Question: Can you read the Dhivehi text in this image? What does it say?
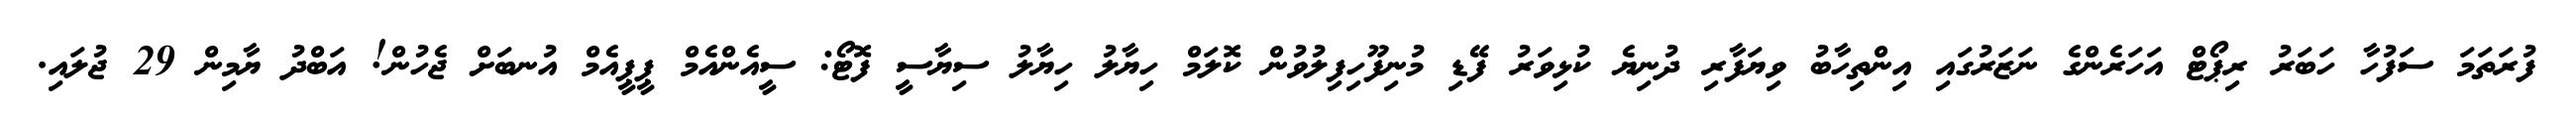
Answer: ފުރަތަމަ ސަފުހާ ހަބަރު ރިޕޯޓް އަހަރެންގެ ނަޒަރުގައި އިންތިހާބު ވިޔަފާރި ދުނިޔެ ކުޅިވަރު ފޭޑި މުނިފޫހިފިލުވުން ކޮލަމް ހިޔާލު ހިޔާލު ސިޔާސީ ފޮޓޯ: ސީއެންއެމް ޕީޕީއެމް އުނބަށް ޖެހުން! އަބްދު ޔާމިން 29 ޖުލައި.